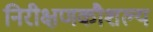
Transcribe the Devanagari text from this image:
निरीक्षणकौशल्य